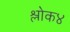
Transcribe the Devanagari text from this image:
श्लोक४